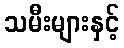
သမီးများနှင့်